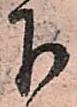
下